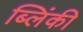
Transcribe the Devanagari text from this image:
ब्लिंकी